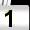
Digit: 1